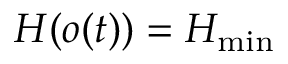
H ( o ( t ) ) = H _ { \operatorname* { m i n } }